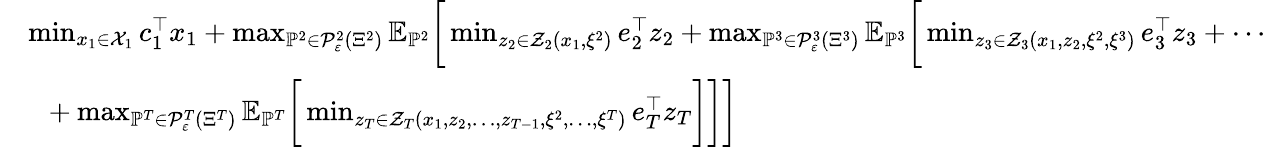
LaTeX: \begin{array}{rl}&{\operatorname*{min}_{x_{1}\in{\mathcal X}_{1}}c_{1}^{\top}x_{1}+\operatorname*{max}_{{\mathbb P}^{2}\in{\mathcal P}_{\varepsilon}^{2}\left(\Xi^{2}\right)}{\mathbb E}_{{\mathbb P}^{2}}\bigg[\operatorname*{min}_{z_{2}\in{\mathcal Z}_{2}\left(x_{1},\xi^{2}\right)}e_{2}^{\top}z_{2}+\operatorname*{max}_{{\mathbb P}^{3}\in{\mathcal P}_{\varepsilon}^{3}\left(\Xi^{3}\right)}{\mathbb E}_{\mathbb P^{3}}\bigg[\operatorname*{min}_{z_{3}\in{\mathcal Z}_{3}\left(x_{1},z_{2},\xi^{2},\xi^{3}\right)}e_{3}^{\top}z_{3}+\cdots}\\ &{\ \ +\operatorname*{max}_{{\mathbb P}^{T}\in{\mathcal P}_{\varepsilon}^{T}\left(\Xi^{T}\right)}{\mathbb E}_{\mathbb P^{T}}\bigg[\operatorname*{min}_{z_{T}\in{\mathcal Z}_{T}\left(x_{1},z_{2},\ldots,z_{T-1},\xi^{2},\ldots,\xi^{T}\right)}e_{T}^{\top}z_{T}\bigg]\bigg]\bigg]}\end{array}